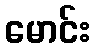
မောင်း